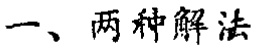
一、两种解法